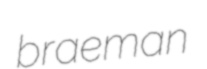
braeman